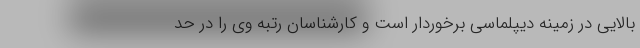
بالایی در زمینه دیپلماسی برخور‌دار است و کارشناسان رتبه وی را در حد